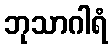
ဘုသာဂါရံ